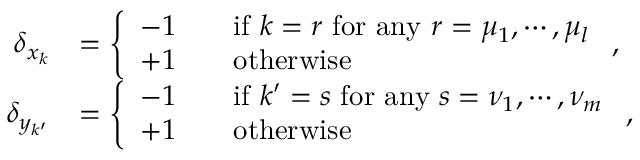
\begin{array} { r l } { \delta _ { x _ { k } } } & { = \left\{ \begin{array} { l l l } { - 1 } & & { \mathrm { i f } \ k = r \ \mathrm { f o r \ a n y } \ r = \mu _ { 1 } , \cdots , \mu _ { l } } \\ { + 1 } & & { \mathrm { o t h e r w i s e } } \end{array} \right. , } \\ { \delta _ { y _ { k ^ { \prime } } } } & { = \left\{ \begin{array} { l l l } { - 1 } & & { \mathrm { i f } \ k ^ { \prime } = s \ \mathrm { f o r \ a n y } \ s = \nu _ { 1 } , \cdots , \nu _ { m } } \\ { + 1 } & & { \mathrm { o t h e r w i s e } } \end{array} \right. , } \end{array}